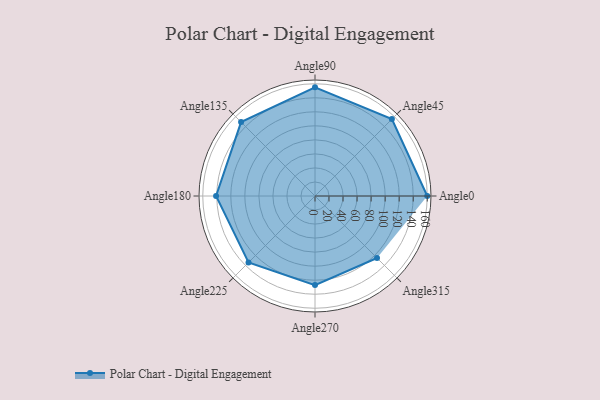
{"axis": {"x": "Angle", "y": "Radius"}, "legend": [""], "data": [{"x": "Angle0", "y": 160.0, "type": ""}, {"x": "Angle45", "y": 155.0, "type": ""}, {"x": "Angle90", "y": 155.0, "type": ""}, {"x": "Angle135", "y": 149.0, "type": ""}, {"x": "Angle180", "y": 141.0, "type": ""}, {"x": "Angle225", "y": 134.0, "type": ""}, {"x": "Angle270", "y": 127.0, "type": ""}, {"x": "Angle315", "y": 125.0, "type": ""}]}